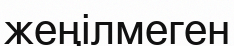
жеңілмеген